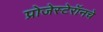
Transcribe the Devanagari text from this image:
प्रोजेस्टेरॉनचे